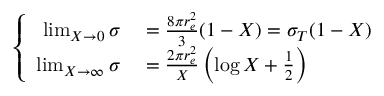
\left\{ \begin{array} { r l } { \operatorname* { l i m } _ { X \to 0 } \sigma } & { { } = \frac { 8 \pi r _ { e } ^ { 2 } } { 3 } ( 1 - X ) = \sigma _ { T } ( 1 - X ) } \\ { \operatorname* { l i m } _ { X \to \infty } \sigma } & { { } = \frac { 2 \pi r _ { e } ^ { 2 } } { X } \left( \log X + \frac { 1 } { 2 } \right) } \end{array} \right.